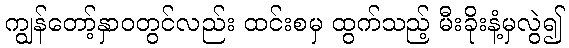
ကျွန်တော့်နှာဝတွင်လည်း ထင်းစမှ ထွက်သည့် မီးခိုးနံ့မှလွဲ၍